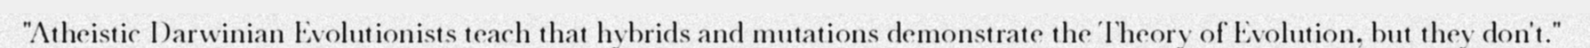
"Atheistic Darwinian Evolutionists teach that hybrids and mutations demonstrate the Theory of Evolution, but they don't."